Annual report on the Civil Veterinary Department, Burma (including the Insein Veterinary School) - 1923-1931
Year: 1923
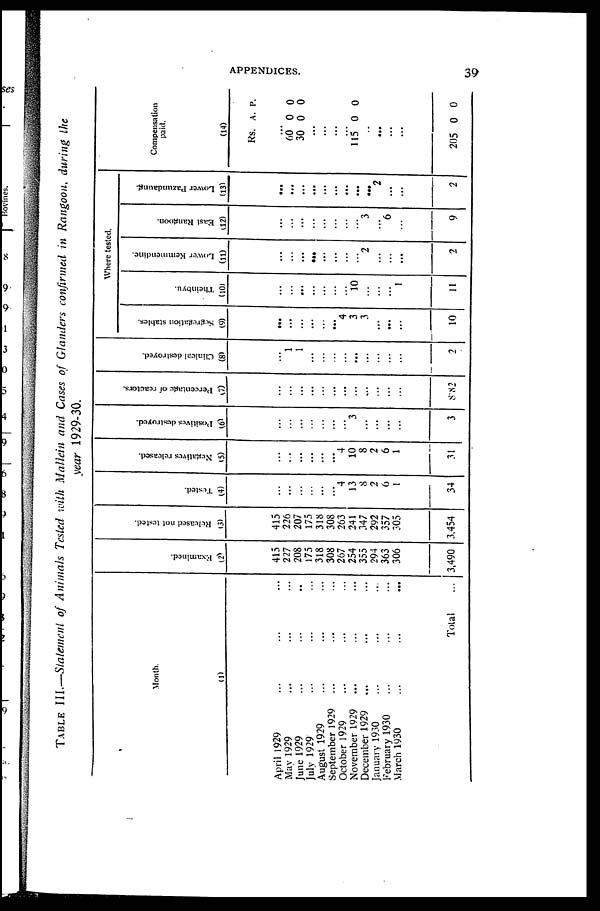
APPENDICES.
39
TABLE III.—Statement, of Animals Tested with Mallein and Cases of Glanders confirmed in Rangoou, during the
year 1929-30.
Month.
(1)
April 1929 ... ... ...
May 1929 ... ... ...
June 1929 ... ... ...
July 1929 ... ... ...
August 1929 ... ... ...
September 1929 ... ... ...
October 1929 ... ... ...
November 1929 ... ... ...
December 1929 ... ... ...
January 1930 ... ... ...
February 1930 ... ... ...
March 1930 ... ... ...
Total ...
Exa mine d.
(2)
415
227
208
175
318
308
267
254
355
294
363
306
3,490
Re l
e a s e d not tested.
(3)
415
226
207
175
318
308
263
241
347
292
357
305
3,454
Tes t
ed.
(4)
...
...
...
...
...
...
4
13
8
2
6
1
34
Ne ga t
i
ve s released.
(5)
...
...
...
...
...
...
4
10
8
2
6
1
31
Pos i
t
i
ves des t
r oyed.
(6)
...
...
...
...
...
...
...
3
...
...
...
...
3
Pe r
c e nt a ge of reactors.
(7)
...
...
...
...
...
...
...
...
...
...
...
...
8.82
Cl i
ni cal des t
r oyed.
(8)
...
1
1
...
...
...
...
...
...
...
...
...
2
Where tested.
Segregation stables.
(9)
...
...
...
...
...
...
4
3
3
...
...
...
10
Theinbyu.
(10)
...
...
...
...
...
...
...
10
...
...
...
1
11
Lower Kemmendine.
(11)
...
...
...
......
...
...
...
...
2
...
...
...
2
East Rangoon.
(12)
...
...
...
...
...
...
...
...
3
...
6
...
9
Lower Pazundaung.
(13)
...
...
...
...
...
...
...
...
...
2
...
...
2
Compensation
paid.
(14)
Rs.
...
60
30
...
...
...
...
115
...
...
...
...
205
A.
0
0
0
0
p.
0
0
0
0